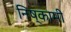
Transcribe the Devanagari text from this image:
निष्कामी